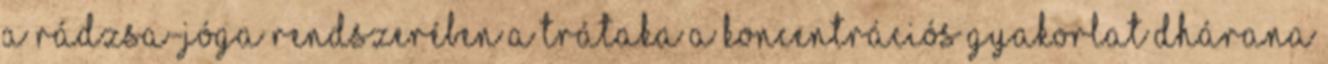
A rádzsa-jóga rendszerében a trátaka a koncentrációs gyakorlat dhárana